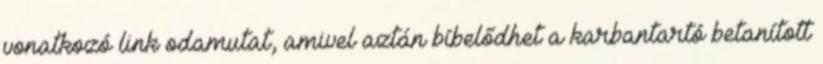
vonatkozó link odamutat, amivel aztán bíbelődhet a karbantartó betanított